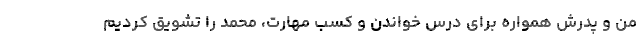
من و پدرش همواره برای درس خواندن و کسب مهارت، محمد را تشویق کردیم